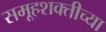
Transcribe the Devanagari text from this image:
समूहशक्तीच्या